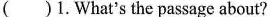
( )1.What's the passage about?